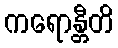
ကရောန္တီတိ